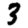
Digit: 3